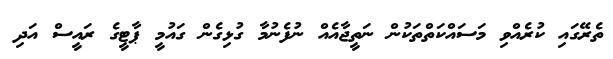
ތެރޭގައި ކުރެއްވި މަސައްކަތްތަކުން ނަތީޖާއެއް ނުފެނުމާ ގުޅިގެން ގައުމީ ޕާޓީގެ ރައީސް އަދި